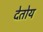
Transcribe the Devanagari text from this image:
देतोय